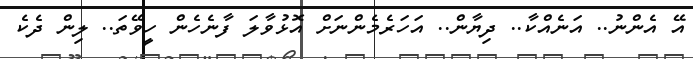
އޭ އެންނު.. އަނެއްކާ.. ދިޔާން.. އަހަރެމެންނަށް އޮޅުވާލަ ފާނެހެން ހީވޭތަ.. ލިން ދެކެ